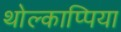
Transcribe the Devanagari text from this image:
थोल्काप्पिया